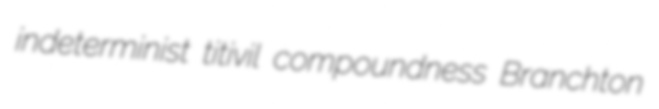
indeterminist titivil compoundness Branchton